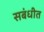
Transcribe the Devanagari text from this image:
सबंधीत